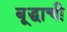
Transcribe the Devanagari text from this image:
बूद्धाची